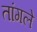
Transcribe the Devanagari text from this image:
तांगले